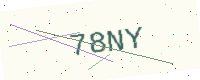
Text: 78NY